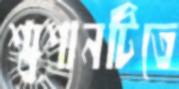
শ্মশানটিতে